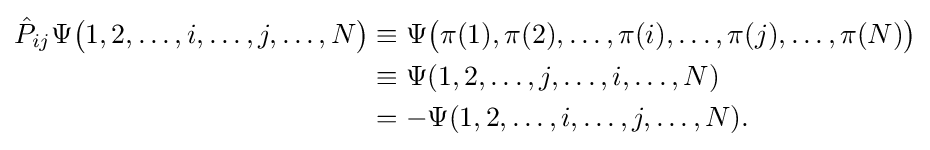
{\begin{aligned}{\hat {P}}_{ij}\Psi {\big (}1,2,\ldots ,i,\ldots ,j,\ldots ,N{\big )}&\equiv \Psi {\big (}\pi (1),\pi (2),\ldots ,\pi (i),\ldots ,\pi (j),\ldots ,\pi (N){\big )}\\&\equiv \Psi (1,2,\ldots ,j,\ldots ,i,\ldots ,N)\\&=-\Psi (1,2,\ldots ,i,\ldots ,j,\ldots ,N).\end{aligned}}